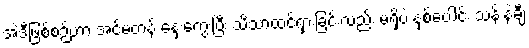
အဲဒီဖြစ်စဉ်ဟာ အင်မတန် နှေးကွေးပြီး သိသာထင်ရှားခြင်းလည်း မရှိပဲ နှစ်ပေါင်း သန်းနဲ့ချီ